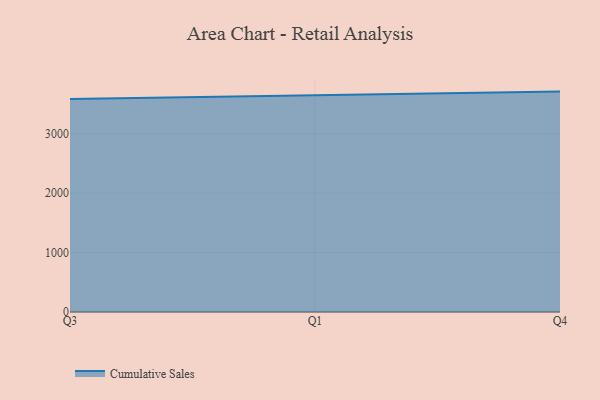
{"axis": {"x": "Quarter", "y": "Customer Acquisition Cost (USD)"}, "legend": ["Cumulative Sales"], "data": [{"x": "Q3", "y": 3583.2, "type": "Cumulative Sales"}, {"x": "Q1", "y": 3642.0, "type": "Cumulative Sales"}, {"x": "Q4", "y": 3708.5, "type": "Cumulative Sales"}]}